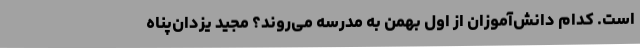
است. کدام دانش‌آموزان از اول بهمن به مدرسه می‌روند؟ مجید یزدان‌پناه